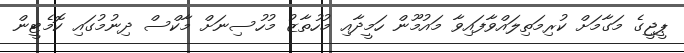
ޕީޖީގެ މަގާމަށް ކުރިމަތިލައްވާފައިވާ މައުމޫން ހަމީދާއި މުހުތާޒު މުހުސިނަށް މާކްސް ދިނުމުގައި ކޮމެޓީން